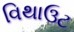
વિથાઉટ